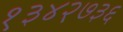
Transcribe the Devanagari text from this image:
१३४२७३६